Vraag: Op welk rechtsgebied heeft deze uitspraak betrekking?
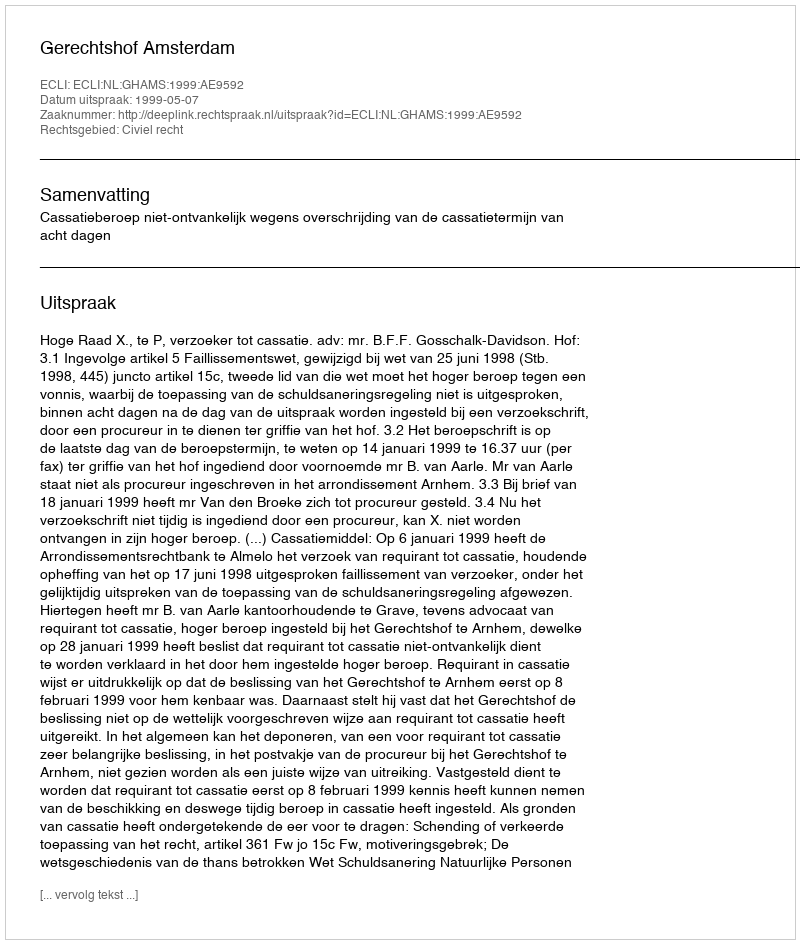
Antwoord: Civiel recht